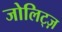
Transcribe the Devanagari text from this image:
जोलिट्ज़